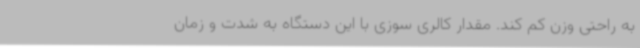
به راحتی وزن کم کند. مقدار کالری سوزی با این دستگاه به شدت و زمان